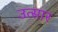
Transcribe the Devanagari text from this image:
उत्सार